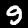
Digit: 9